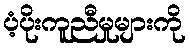
ပံ့ပိုးကူညီမှုများကို